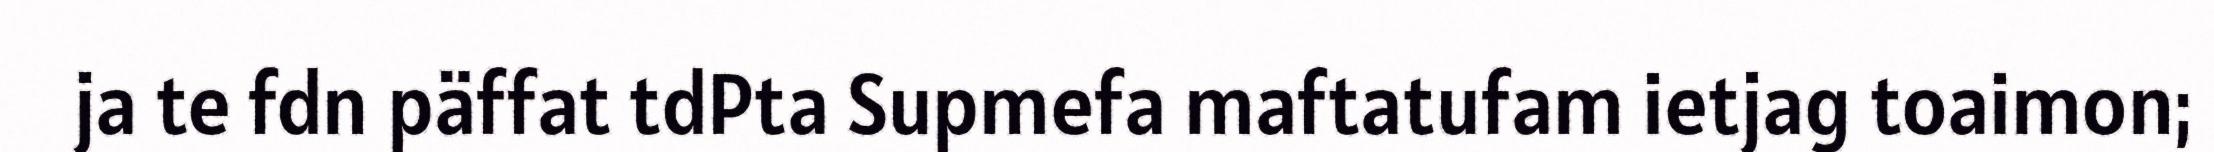
ja te fdn päffat tdPta Supmefa maftatufam ietjag toaimon;